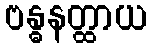
ဗန္ဓနတ္ထာယ